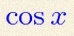
\cos x